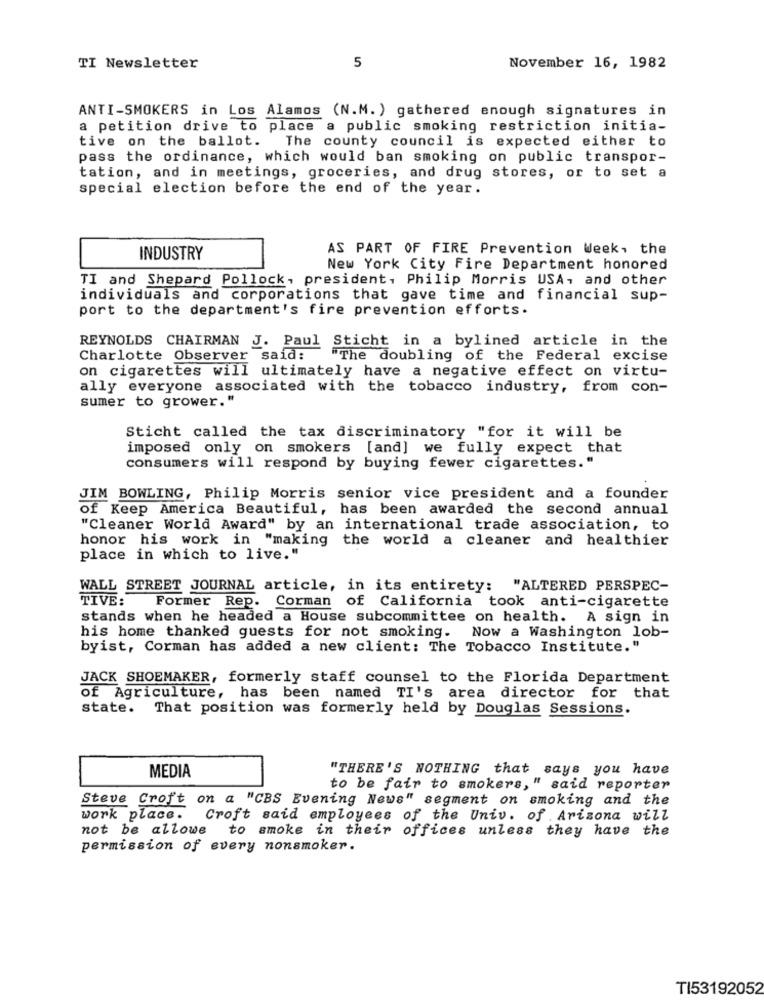
TI Newsletter
5
November 16, 1982
ANTI-SMOKERS in Los Alamos (N.M. ) gathered enough signatures in
a petition drive to place a public smoking restriction initia-
tive on the ballot. The county council is expected either to
pass the ordinance, which would ban smoking on public transpor-
tation, and in meetings, groceries, and drug stores, or to set a
special election before the end of the year.
AS PART OF FIRE Prevention Week, the
INDUSTRY
New York City Fire Department honored
TI and Shepard Pollock, president, Philip Morris USA, and other
individuals and corporations that gave time and financial sup-
port to the department's fire prevention efforts.
REYNOLDS CHAIRMAN J. Paul Sticht in a bylined article in the
Charlotte Observer said:
"The doubling of the Federal excise
on cigarettes will ultimately have a negative effect on virtu-
ally everyone associated with the tobacco industry, from con-
sumer to grower."
Sticht called the tax discriminatory "for it will be
imposed only on smokers [and] we fully expect that
consumers will respond by buying fewer cigarettes."
JIM BOWLING, Philip Morris senior vice president and a founder
of Keep America Beautiful, has been awarded the second annual
"Cleaner World Award" by an international trade association, to
honor his work in "making the world a cleaner and healthier
place in which to live."
WALL STREET JOURNAL article, in its entirety: "ALTERED PERSPEC-
TIVE:
Former Rep. Corman of California took anti-cigarette
stands when he headed a House subcommittee on health. A sign in
his home thanked guests for not smoking.
Now a Washington lob-
byist, Corman has added a new client: The Tobacco Institute."
JACK SHOEMAKER, formerly staff counsel to the Florida Department
of Agriculture, has been named TI's area director for that
state.
That position was formerly held by Douglas Sessions.
MEDIA
"THERE'S NOTHING that says you have
to be fair to smokers," said reporter
Steve Croft on a "CBS Evening News" segment on smoking and the
work place.
Croft said employees of the Univ. of . Arizona will
not be allowe to smoke in their offices unless they have the
permission of every nonsmoker.
TI53192052